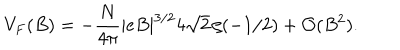
V _ { F } ( B ) = - \frac { N } { 4 \pi } | e B | ^ { 3 / 2 } 4 \sqrt { 2 } \, \zeta ( - 1 / 2 ) + { \cal O } ( B ^ { 2 } ) .